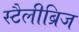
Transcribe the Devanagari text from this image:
स्टैलीब्रिज